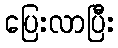
ပြေးလာပြီး